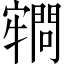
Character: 𡫡